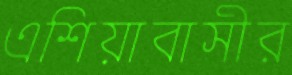
এশিয়াবাসীর